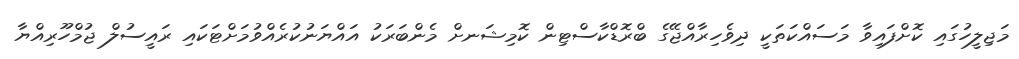
މަޖިލީހުގައި ކޮށްފައިވާ މަސައްކަތަކީ ދިވެހިރާއްޖޭގެ ބްރޮޑްކާސްޓިން ކޮމިޝަނށް މެންބަރަކު އައްޔަނުކުރެއްވުމަށްޓަކައި ރައީސުލް ޖުމްހޫރިއްޔާ